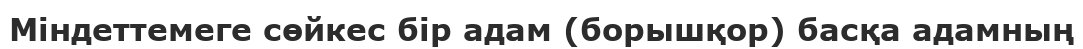
Міндеттемеге сөйкес бір адам (борышқор) басқа адамның